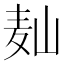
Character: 𱋆